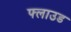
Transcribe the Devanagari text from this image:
फ्लाउड